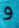
و